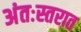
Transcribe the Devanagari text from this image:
अंतःस्तरात